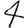
Digit: 4